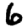
Digit: 6